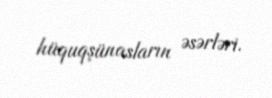
hüquqşünasların əsərləri.